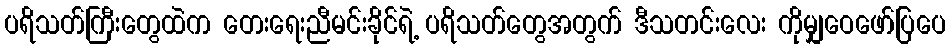
ပရိသတ်ကြီးတွေထဲက တေးရေးညီမင်းခိုင်ရဲ့ ပရိသတ်တွေအတွက် ဒီသတင်းလေး ကိုမျှဝေဖော်ပြပေ